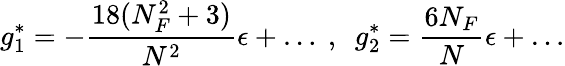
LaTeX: g_{1}^{*}=-\frac{18(N_{F}^{2}+3)}{N^{2}}\epsilon+\ldots{}~,~~g_{2}^{*}=\frac{6N_{F}}{N}\epsilon+\ldots